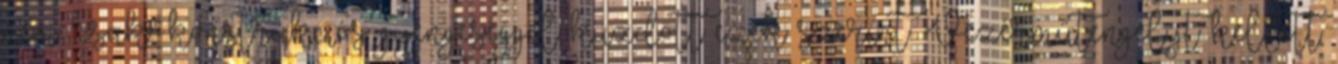
nem "csak" konstrukciós gyengeséggel küzdött ezek szerint. Vezérműtengelyt kellett